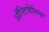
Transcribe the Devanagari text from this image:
ऑस्टिपीनिया